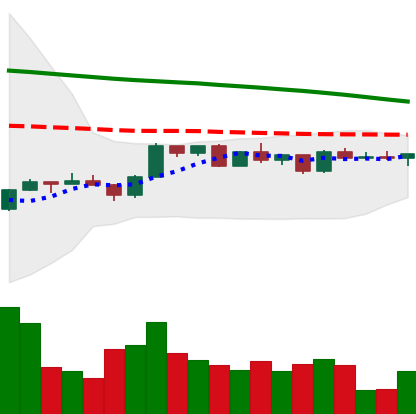
Ticker: ETH-USD
Chart end date: 2022-12-12
Forward return: -6.784%
Label: down_5_7